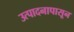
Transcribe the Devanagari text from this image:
उत्पादनापासून